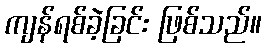
ကျန်ရစ်ခဲ့ခြင်း ဖြစ်သည်။